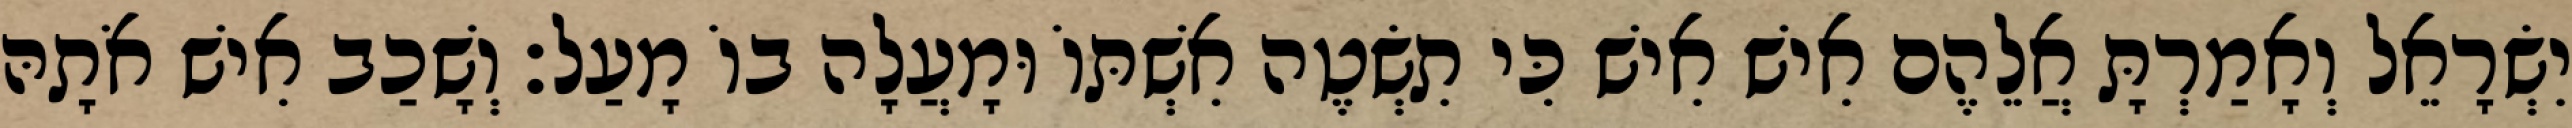
יִשְׂרָאֵל וְאָמַרְתָּ אֲלֵהֶם אִישׁ אִישׁ כִּי תִשְׂטֶה אִשְׁתּוֹ וּמָעֲלָה בוֹ מָעַל׃ וְשָׁכַב אִישׁ אֹתָהּ